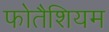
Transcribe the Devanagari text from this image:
फोतैशियम